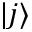
| j \rangle